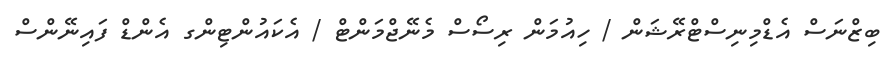
ބިޒްނަސް އެޑްމިނިސްޓްރޭޝަން / ހިއުމަން ރިސޯސް މެނޭޖްމަންޓް / އެކައުންޓިންގ އެންޑް ފައިނޭންސް